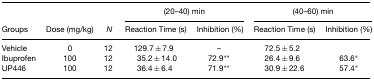
|  |  |  | <COLSPAN=2> (20–40) min | <COLSPAN=2> (40–60) min |
 | Groups | Dose (mg/kg) | N | Reaction Time (s) | Inhibition (%) | Reaction Time (s) | Inhibition (%) |
 | --- | --- | --- | --- | --- | --- | --- |
 | Vehicle | 0 | 12 | 129.7±7.9 | – | 72.5±5.2 |  |
 | Ibuprofen | 100 | 12 | 35.2±14.0 | 72.9** | 26.4±9.6 | 63.6* |
 | UP446 | 100 | 12 | 36.4±6.4 | 71.9** | 30.9±22.6 | 57.4* |